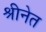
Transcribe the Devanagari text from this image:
श्रीनेत